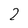
Character: 2